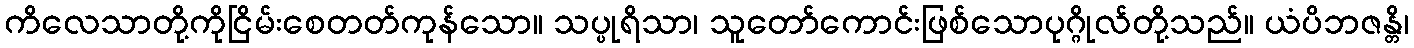
ကိလေသာတို့ကိုငြိမ်းစေတတ်ကုန်သော။ သပ္ပုရိသာ၊ သူတော်ကောင်းဖြစ်သောပုဂ္ဂိုလ်တို့သည်။ ယံပိဘဇန္တိ၊